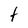
Character: t